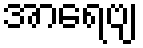
အာရေဗျ